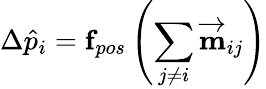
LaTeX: \Delta\hat{p}_{i}=\mathbf{f}_{pos}\left(\sum_{j\neq i}\mathbf{\overrightarrow{m}}_{ij}\right)